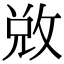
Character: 敚